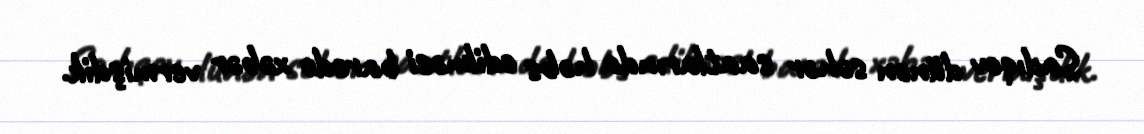
Sadıqov dünən səhər saatlarında həbs edilməsi barədə xəbər vermişdik.